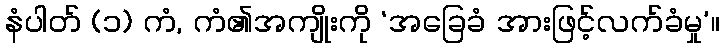
နံပါတ် (၁) ကံ, ကံ၏အကျိုးကို ‘အခြေခံ အားဖြင့်လက်ခံမှု’။